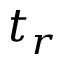
t _ { r }